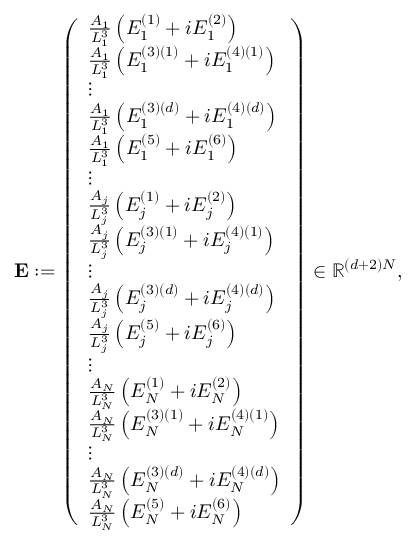
\mathbf { E } : = \left( \begin{array} { l } { \frac { A _ { 1 } } { L _ { 1 } ^ { 3 } } \left( E _ { 1 } ^ { ( 1 ) } + i E _ { 1 } ^ { ( 2 ) } \right) } \\ { \frac { A _ { 1 } } { L _ { 1 } ^ { 3 } } \left( E _ { 1 } ^ { ( 3 ) ( 1 ) } + i E _ { 1 } ^ { ( 4 ) ( 1 ) } \right) } \\ { \vdots } \\ { \frac { A _ { 1 } } { L _ { 1 } ^ { 3 } } \left( E _ { 1 } ^ { ( 3 ) ( d ) } + i E _ { 1 } ^ { ( 4 ) ( d ) } \right) } \\ { \frac { A _ { 1 } } { L _ { 1 } ^ { 3 } } \left( E _ { 1 } ^ { ( 5 ) } + i E _ { 1 } ^ { ( 6 ) } \right) } \\ { \vdots } \\ { \frac { A _ { j } } { L _ { j } ^ { 3 } } \left( E _ { j } ^ { ( 1 ) } + i E _ { j } ^ { ( 2 ) } \right) } \\ { \frac { A _ { j } } { L _ { j } ^ { 3 } } \left( E _ { j } ^ { ( 3 ) ( 1 ) } + i E _ { j } ^ { ( 4 ) ( 1 ) } \right) } \\ { \vdots } \\ { \frac { A _ { j } } { L _ { j } ^ { 3 } } \left( E _ { j } ^ { ( 3 ) ( d ) } + i E _ { j } ^ { ( 4 ) ( d ) } \right) } \\ { \frac { A _ { j } } { L _ { j } ^ { 3 } } \left( E _ { j } ^ { ( 5 ) } + i E _ { j } ^ { ( 6 ) } \right) } \\ { \vdots } \\ { \frac { A _ { N } } { L _ { N } ^ { 3 } } \left( E _ { N } ^ { ( 1 ) } + i E _ { N } ^ { ( 2 ) } \right) } \\ { \frac { A _ { N } } { L _ { N } ^ { 3 } } \left( E _ { N } ^ { ( 3 ) ( 1 ) } + i E _ { N } ^ { ( 4 ) ( 1 ) } \right) } \\ { \vdots } \\ { \frac { A _ { N } } { L _ { N } ^ { 3 } } \left( E _ { N } ^ { ( 3 ) ( d ) } + i E _ { N } ^ { ( 4 ) ( d ) } \right) } \\ { \frac { A _ { N } } { L _ { N } ^ { 3 } } \left( E _ { N } ^ { ( 5 ) } + i E _ { N } ^ { ( 6 ) } \right) } \end{array} \right) \in \mathbb { R } ^ { ( d + 2 ) N } ,